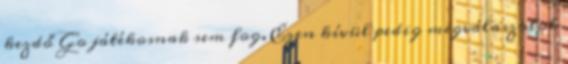
kezdő Go játékosnak sem fog. Ezen kívül pedig megválaszolok